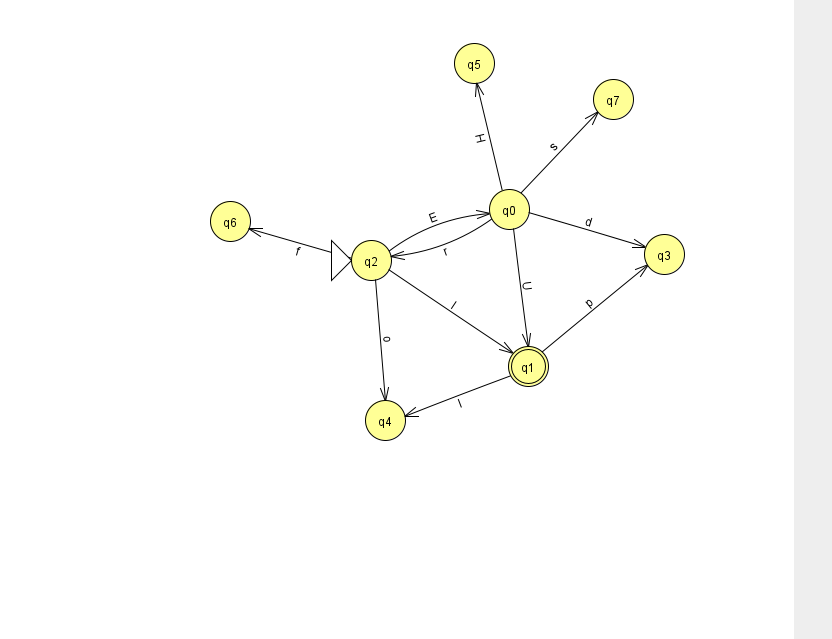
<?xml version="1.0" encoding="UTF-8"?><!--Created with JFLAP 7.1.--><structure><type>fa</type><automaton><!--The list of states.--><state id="0" name="q0"><x>509.0</x><y>196.0</y></state><state id="1" name="q1"><x>528.0</x><y>353.0</y><final/></state><state id="2" name="q2"><x>371.0</x><y>247.0</y><initial/></state><state id="3" name="q3"><x>664.0</x><y>241.0</y></state><state id="4" name="q4"><x>385.0</x><y>407.0</y></state><state id="5" name="q5"><x>474.0</x><y>50.0</y></state><state id="6" name="q6"><x>230.0</x><y>208.0</y></state><state id="7" name="q7"><x>613.0</x><y>86.0</y></state><!--The list of transitions.--><transition><from>2</from><to>1</to><read>I</read></transition><transition><from>2</from><to>4</to><read>o</read></transition><transition><from>0</from><to>1</to><read>U</read></transition><transition><from>0</from><to>5</to><read>H</read></transition><transition><from>2</from><to>6</to><read>f</read></transition><transition><from>0</from><to>2</to><read>r</read></transition><transition><from>1</from><to>3</to><read>p</read></transition><transition><from>1</from><to>4</to><read>I</read></transition><transition><from>2</from><to>0</to><read>E</read></transition><transition><from>0</from><to>3</to><read>d</read></transition><transition><from>0</from><to>7</to><read>s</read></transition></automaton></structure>